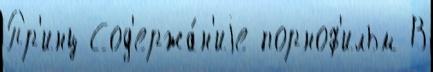
Пр'инц Сод'ержа́н'иjе порноф'ильм В